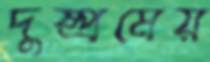
দুষ্প্রমেয়